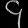
Digit: ၄